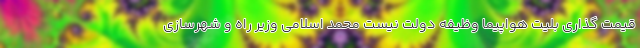
قیمت گذاری بلیت هواپیما وظیفه دولت نیست محمد اسلامی وزیر راه و شهرسازی